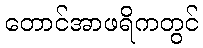
တောင်အာဖရိကတွင်